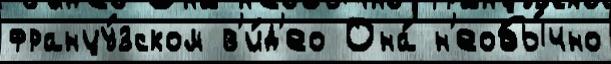
францу́зском в'и́д'ео Она́ н'еобы́чно